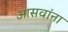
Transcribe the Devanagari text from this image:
आसवांना